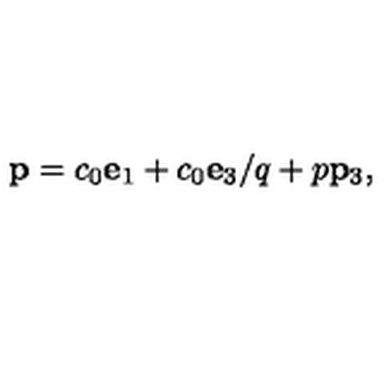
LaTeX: { \bf p } = c _ { 0 } { \bf e } _ { 1 } + c _ { 0 } { \bf e } _ { 3 } / q + p { \bf p } _ { 3 } ,